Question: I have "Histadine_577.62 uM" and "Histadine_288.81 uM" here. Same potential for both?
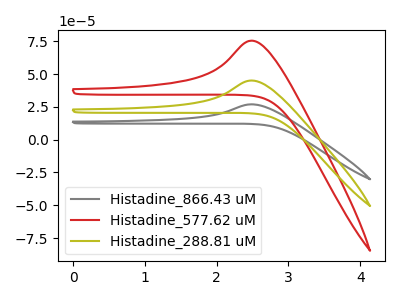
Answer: <think>The gray curve "Histadine_866.43 uM" has an anodic peak at: (2.50V, 90.15uA). The red curve "Histadine_577.62 uM" has an anodic peak at: (2.50V, 75.45uA). The olive curve "Histadine_288.81 uM" has an anodic peak at: (2.50V, 45.05uA).
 All the peaks in "Histadine_577.62 uM" have a peak in "Histadine_288.81 uM" at the same potential. Every peak in "Histadine_577.62 uM" is higher than every peak in "Histadine_288.81 uM".</think>
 <answer>"Histadine_577.62 uM" and "Histadine_288.81 uM" are similar in shape.</answer>
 <eval>same_shape</eval>